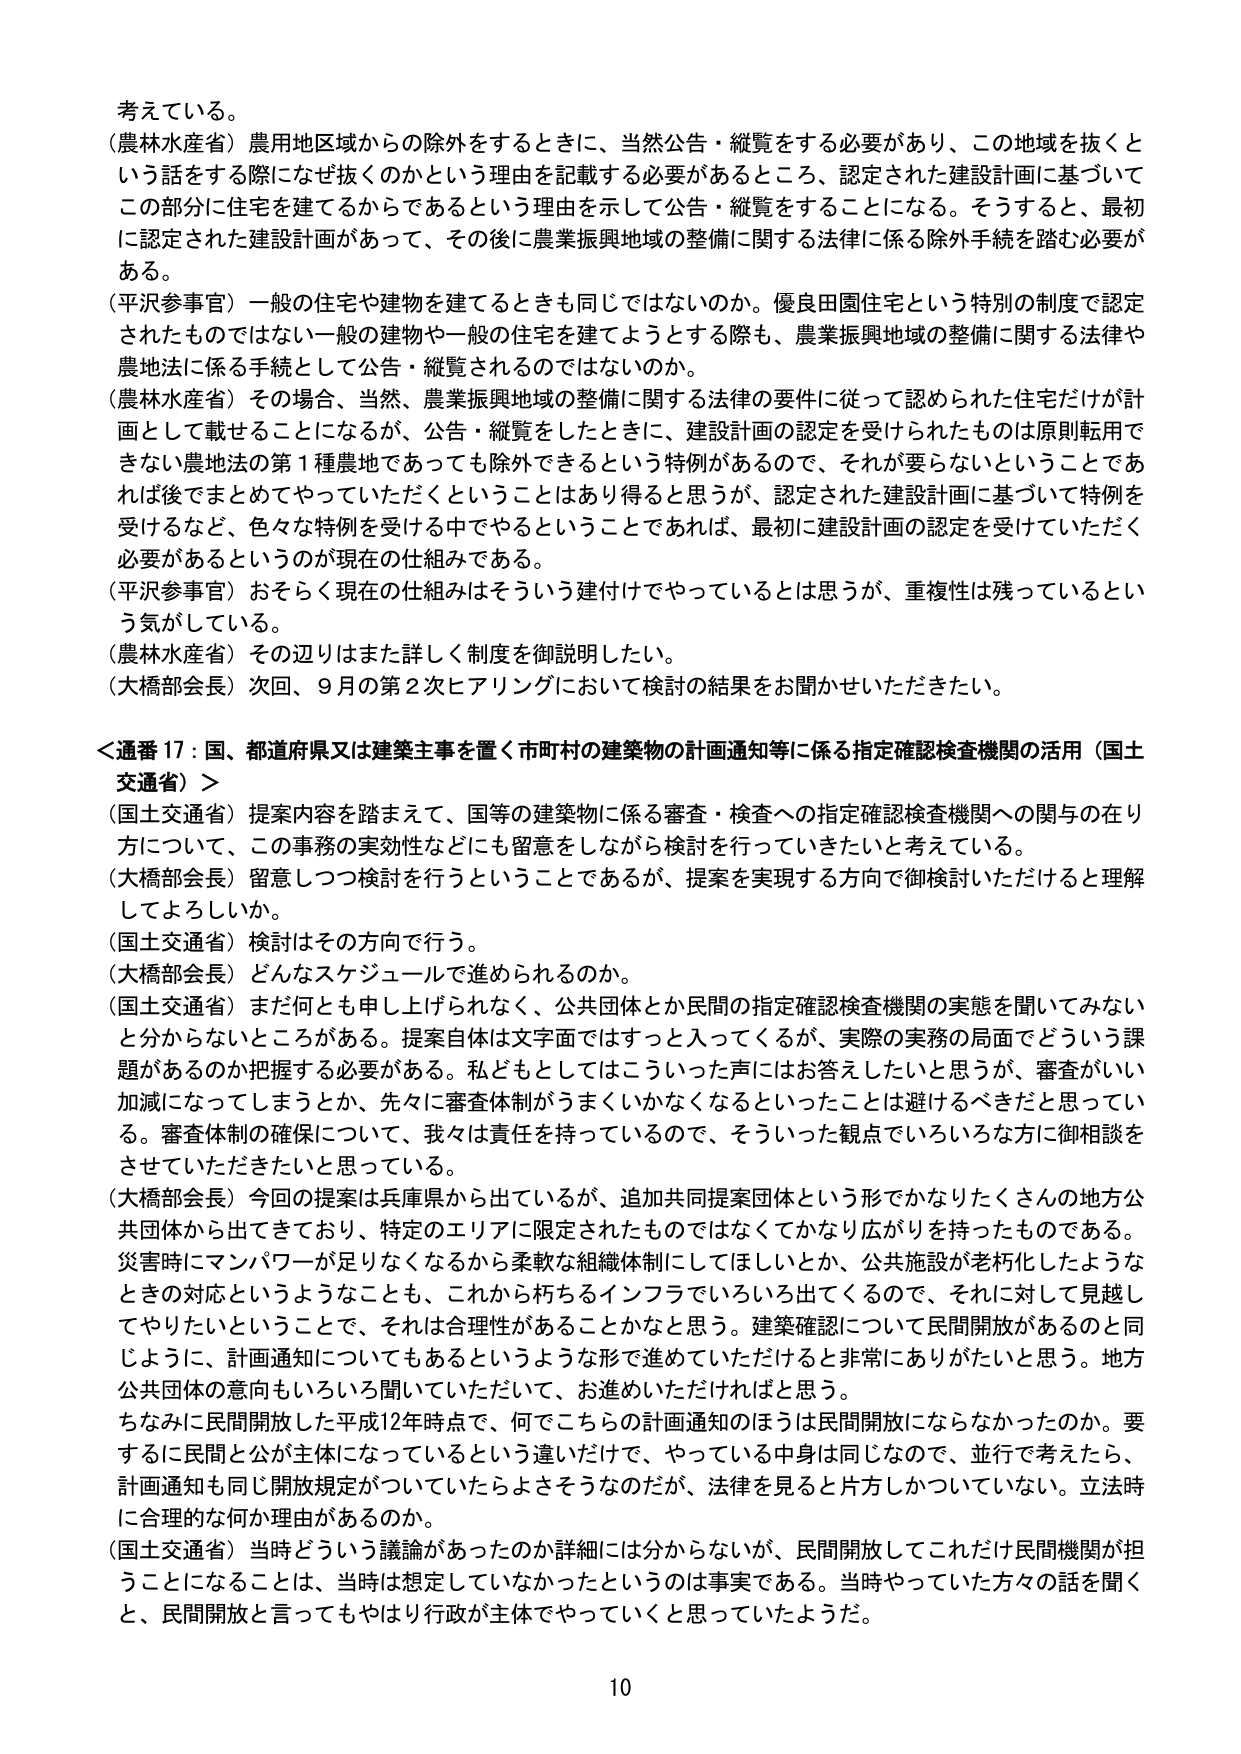
考えている。

（農林水産省）農用地区域からの除外をするときに、当然公告・縦覧をする必要があり、この地域を抜くという話をする際になぜ抜くのかという理由を記載する必要があるところ、認定された建設計画に基づいてこの部分に住宅を建てるからであるという理由を示して公告・縦覧をすることになる。そうすると、最初に認定された建設計画があって、その後に農業振興地域の整備に関する法律に係る除外手続を踏む必要がある。

（平沢参事官）一般の住宅や建物を建てるときも同じではないのか。優良田園住宅という特別の制度で認定されたものではない一般の建物や一般の住宅を建てようとする際も、農業振興地域の整備に関する法律や農地法に係る手続として公告・縦覧されるのではないのか。

（農林水産省）その場合、当然、農業振興地域の整備に関する法律の要件に従って認められた住宅だけが計画として載せることになるが、公告・縦覧をしたときに、建設計画の認定を受けられたものは原則転用できない農地法の第1種農地であっても除外できるという特例があるので、それが要らないということであれば後でまとめてやっていただくということはあり得ると思うが、認定された建設計画に基づいて特例を受けるなど、色々な特例を受ける中でやるということであれば、最初に建設計画の認定を受けていただく必要があるというのが現在の仕組みである。

（平沢参事官）おそらく現在の仕組みはそういう建付けでやっているとは思うが、重複性は残っているという気がしている。

（農林水産省）その辺りはまた詳しく制度を御説明したい。

（大橋部会長）次回、9月の第2次ヒアリングにおいて検討の結果をお聞かせいただきたい。

＜通番17：国、都道府県又は建築主事を置く市町村の建築物の計画通知等に係る指定確認検査機関の活用（国土交通省）＞

（国土交通省）提案内容を踏まえて、国等の建築物に係る審査・検査への指定確認検査機関への関与の在り方について、この事務の実効性などにも留意をしながら検討を行っていきたいと考えている。

（大橋部会長）留意しつつ検討を行うということであるが、提案を実現する方向で御検討いただけると理解してよろしいか。

（国土交通省）検討はその方向で行う。

（大橋部会長）どんなスケジュールで進められるのか。

（国土交通省）まだ何とも申し上げられなく、公共団体とか民間の指定確認検査機関の実態を聞いてみないと分からないところがある。提案自体は文字面ではすっと入ってくるが、実際の実務の局面でどういう課題があるのか把握する必要がある。私どもとしてはこういった声にはお答えしたいと思うが、審査がいい加減になってしまうとか、先々に審査体制がうまくいかなくなるといったことは避けるべきだと思っている。審査体制の確保について、我々は責任を持っているので、そういった観点でいろいろな方に御相談をさせていただきたいと思っている。

（大橋部会長）今回の提案は兵庫県から出ているが、追加共同提案団体という形でかなりたくさんの地方公共団体から出てきており、特定のエリアに限定されたものではなくてかなり広がりを持ったものである。災害時にマンパワーが足りなくなるから柔軟な組織体制にしてほしいとか、公共施設が老朽化したようなときの対応というようなことも、これから朽ちるインフラでいろいろ出てくるので、それに対して見越してやりたいということで、それは合理性があることかなと思う。建築確認について民間開放があるのと同じように、計画通知についてもあるというような形で進めていただけると非常にありがたいと思う。地方公共団体の意向もいろいろ聞いていただいて、お進めいただければと思う。

ちなみに民間開放した平成12年時点で、何でこちらの計画通知のほうは民間開放にならなかったのか。要するに民間と公が主体になっているという違いだけで、やっている中身は同じなので、並行で考えたら、計画通知も同じ開放規定がついていたらよさそうなのだが、法律を見ると片方しかついていない。立法時に合理的な何か理由があるのか。

（国土交通省）当時どういう議論があったのか詳細には分からないが、民間開放してこれだけ民間機関が担うことになることは、当時は想定していなかったというのは事実である。当時やっていた方々の話を聞くと、民間開放と言ってもやはり行政が主体でやっていくと思っていたようだ。

10